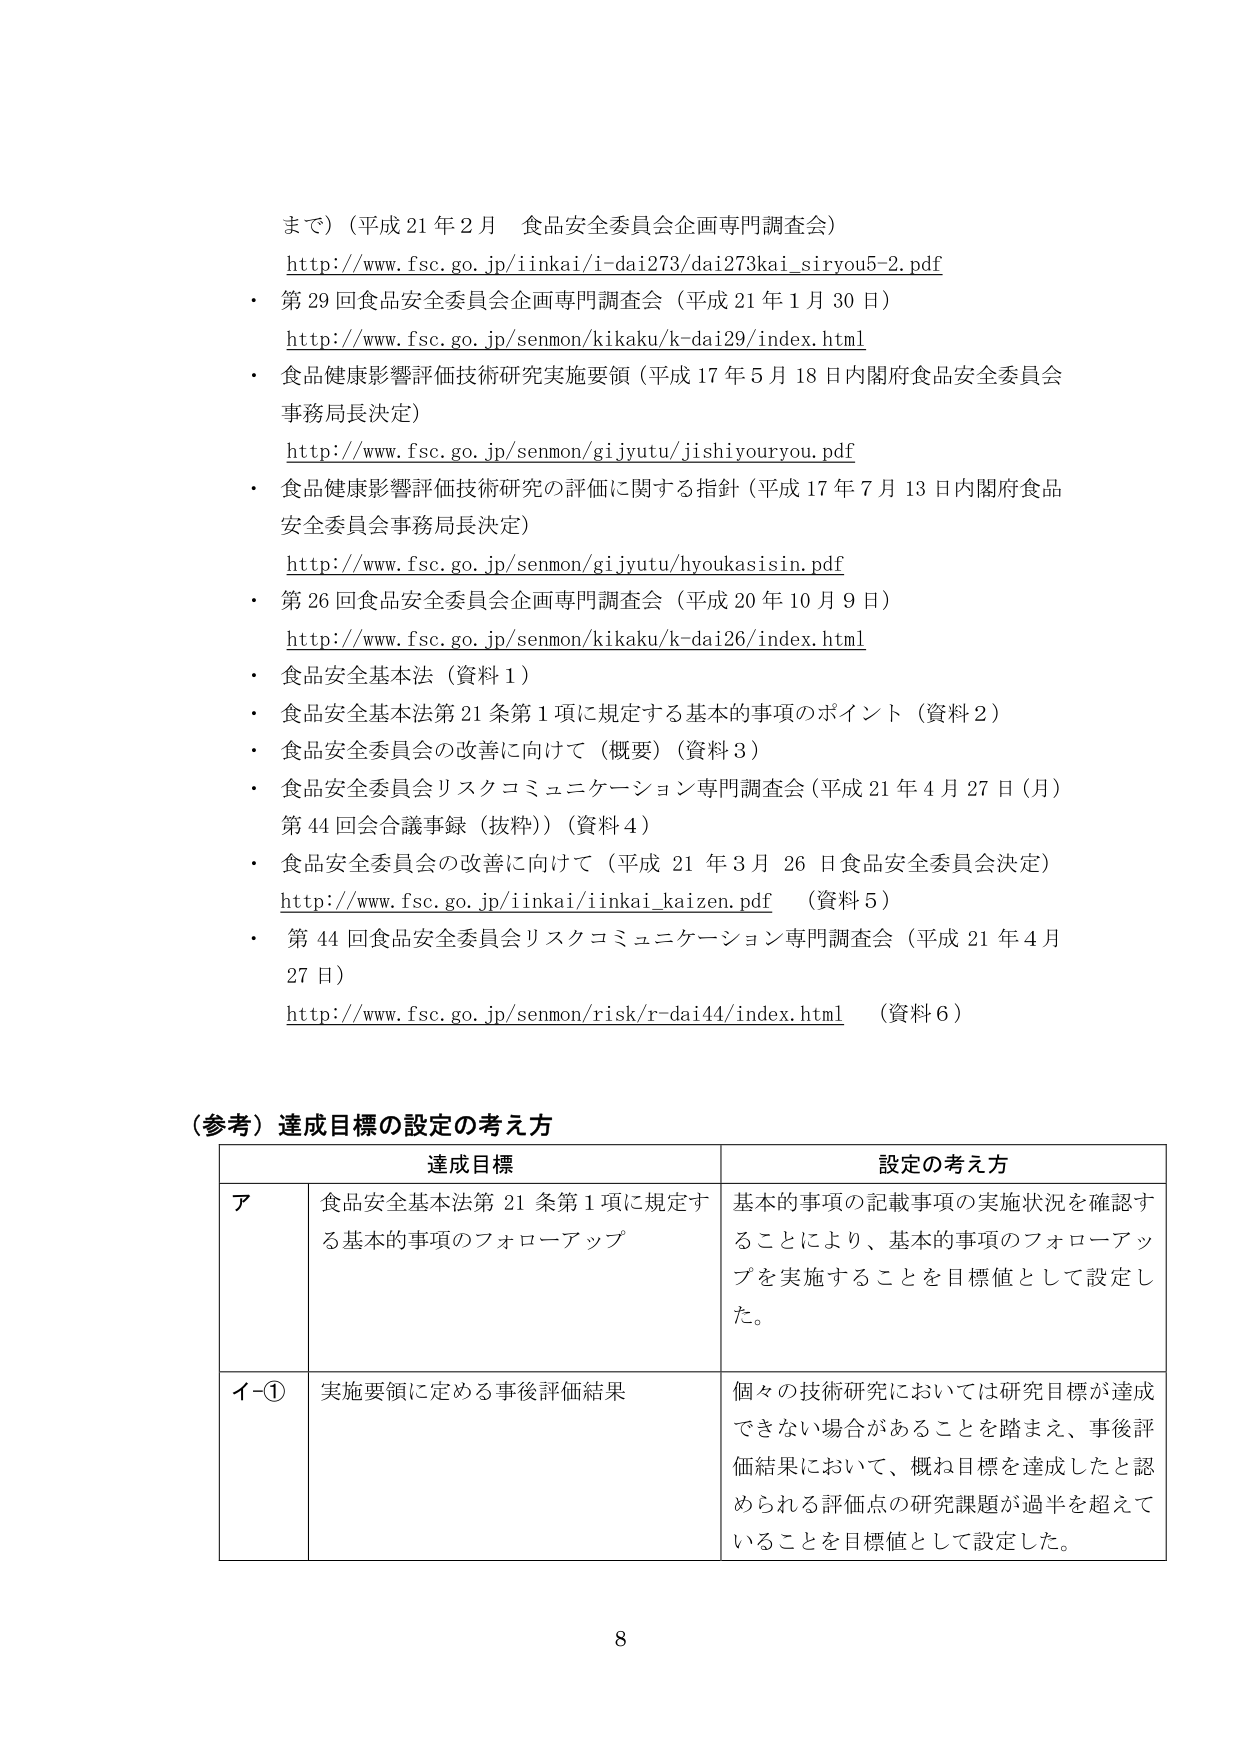
まで）（平成 21 年 2 月 食品安全委員会企画専門調査会）
http://www.fsc.go.jp/iinkai/i-dai273/dai273kai_siryou5-2.pdf
・ 第 29 回食品安全委員会企画専門調査会（平成 21 年 1 月 30 日）
http://www.fsc.go.jp/senmon/kikaku/k-dai29/index.html
・ 食品健康影響評価技術研究実施要領（平成 17 年 5 月 18 日内閣府食品安全委員会事務局長決定）
http://www.fsc.go.jp/senmon/gijyutu/jishiyouryou.pdf
・ 食品健康影響評価技術研究の評価に関する指針（平成 17 年 7 月 13 日内閣府食品安全委員会事務局長決定）
http://www.fsc.go.jp/senmon/gijyutu/hyoukasisin.pdf
・ 第 26 回食品安全委員会企画専門調査会（平成 20 年 10 月 9 日）
http://www.fsc.go.jp/senmon/kikaku/k-dai26/index.html
・ 食品安全基本法（資料 1）
・ 食品安全基本法第 21 条第 1 項に規定する基本的事項のポイント（資料 2）
・ 食品安全委員会の改善に向けて（概要）（資料 3）
・ 食品安全委員会リスクコミュニケーション専門調査会（平成 21 年 4 月 27 日（月）第 44 回会合議事録（抜粋））（資料 4）
・ 食品安全委員会の改善に向けて（平成 21 年 3 月 26 日食品安全委員会決定）
http://www.fsc.go.jp/iinkai/iinkai_kaizen.pdf （資料 5）
・ 第 44 回食品安全委員会リスクコミュニケーション専門調査会（平成 21 年 4 月 27 日）
http://www.fsc.go.jp/senmon/risk/r-dai44/index.html （資料 6）

（参考）達成目標の設定の考え方
| 達成目標 | 設定の考え方 |
|----------|--------------|
| ア | 食品安全基本法第 21 条第 1 項に規定する基本的事項のフォローアップ | 基本的事項の記載事項の実施状況を確認することにより、基本的事項のフォローアップを実施することを目標値として設定した。 |
| イ-① | 実施要領に定める事後評価結果 | 個々の技術研究においては研究目標が達成できない場合があることを踏まえ、事後評価結果において、概ね目標を達成したと認められる評価点の研究課題が過半を超えていていることを目標値として設定した。 |

8